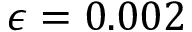
\epsilon = 0 . 0 0 2